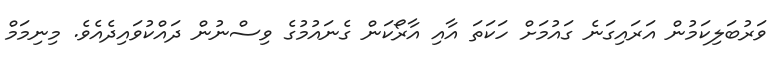
ވަރުބަލިކަމުން އަރައިގަނެ ގައުމަށް ހަކަތަ އާއި އާރޯކަން ގެނައުމުގެ ވިސްނުން ދައްކުވައިދެއެވެ. މިނިމަމް